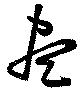
尽